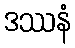
ဒဿနံ